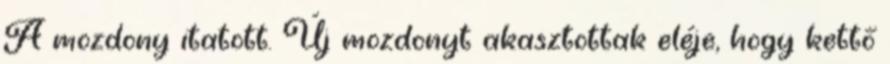
A mozdony itatott. Új mozdonyt akasztottak eléje, hogy kettő